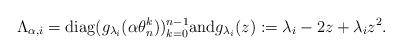
LaTeX: \begin{align*}\Lambda_{\alpha,i}={\rm diag}(g_{\lambda_i}(\alpha\theta_n^{k}))_{k=0}^{n-1} \textrm{and} g_{\lambda_i}(z):=\lambda_i-2z+\lambda_i z^2.\end{align*}